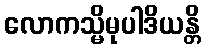
လောကသ္မိမုပါဒိယန္တိ